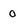
Character: 0